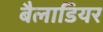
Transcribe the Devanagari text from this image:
बैलाडियर